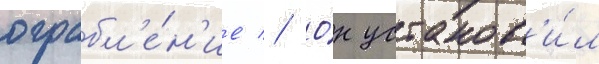
ограбл'е́н'ие // О́н установ'и́л